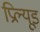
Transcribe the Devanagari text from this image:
प्रिल्यूड